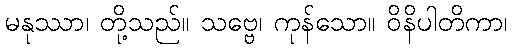
မနုဿာ၊ တို့သည်။ သဗ္ဗေ၊ ကုန်သော။ ဝိနိပါတိကာ၊